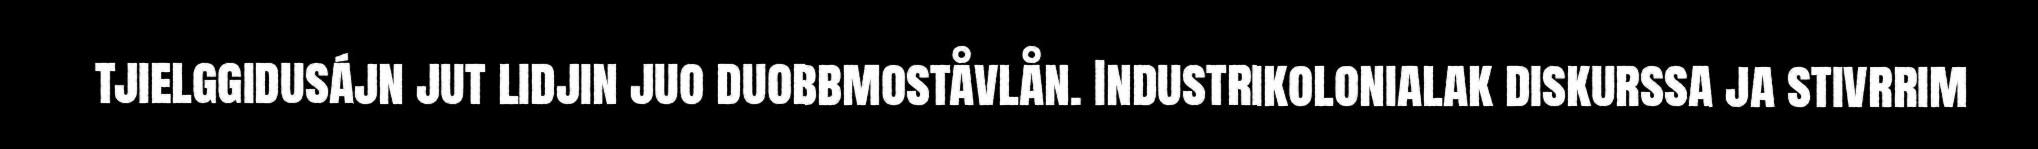
tjielggidusájn jut lidjin juo duobbmoståvlån. Industrikolonialak diskurssa ja stivrrim